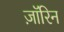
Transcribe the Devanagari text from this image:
ज़ॉरिन